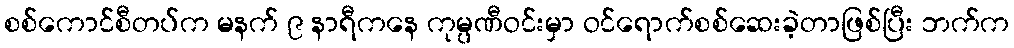
စစ်ကောင်စီတပ်က မနက် ၉ နာရီကနေ ကုမ္ပဏီဝင်းမှာ ဝင်ရောက်စစ်ဆေးခဲ့တာဖြစ်ပြီး ဘက်က